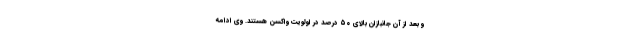
و بعد از آن جانبازان بالای ۵۰ درصد در اولویت واکسن هستند. وی ادامه